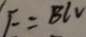
E = B l V